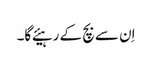
اِن سے بچ کے رہیئے گا۔